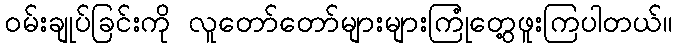
ဝမ်းချုပ်ခြင်းကို လူတော်တော်များများကြုံတွေ့ဖူးကြပါတယ်။